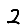
Digit: 2